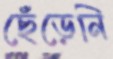
ছেঁড়েনি